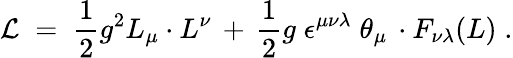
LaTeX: {\cal L}\; =\; \frac{1}{2}g^{2}L_{\mu}\cdot L^{\nu}\, +\, \frac{1}{2}g\; \epsilon^{\mu\nu\lambda}\; \theta_{\mu}\, \cdot F_{\nu\lambda}(L)\; .